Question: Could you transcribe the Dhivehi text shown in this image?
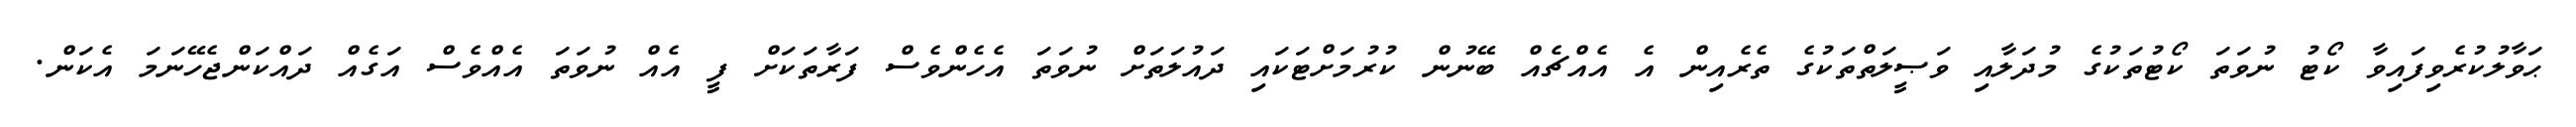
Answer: ޙަވާލުކުރެވިފައިވާ ކޯޓު ނުވަތަ ކޯޓުތަކުގެ މުދަލާއި ވަޞީލަތްތަކުގެ ތެރެއިން އެ އެއްޗެއް ބޭނުން ކުރުމަށްޓަކައި ދައުލަތަށް ނުވަތަ އެހެންވެސް ފަރާތަކަށް ފީ އެއް ނުވަތަ އެއްވެސް އަގެއް ދައްކަންޖެހޭނަމަ އެކަން.